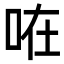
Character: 𠱽